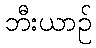
ဘီးယာဉ်